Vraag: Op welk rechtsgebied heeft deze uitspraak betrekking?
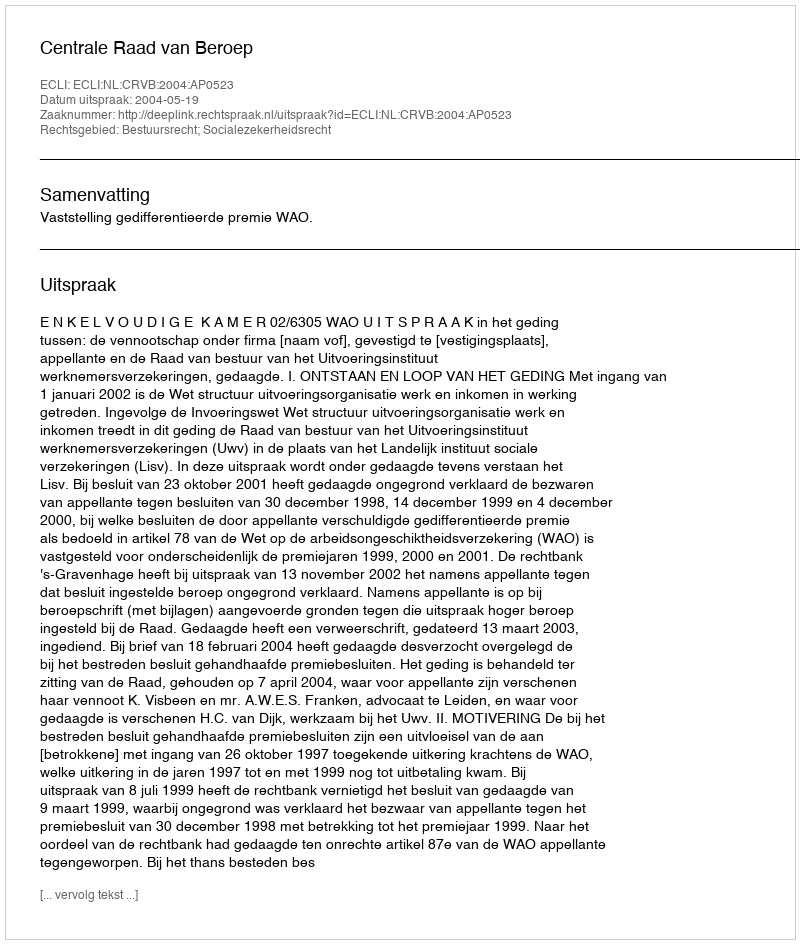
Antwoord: Bestuursrecht; Socialezekerheidsrecht